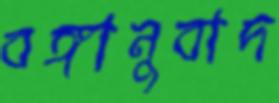
বঙ্গানুবাদ